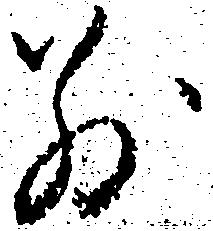
別